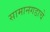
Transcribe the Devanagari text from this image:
सामानगडाचे